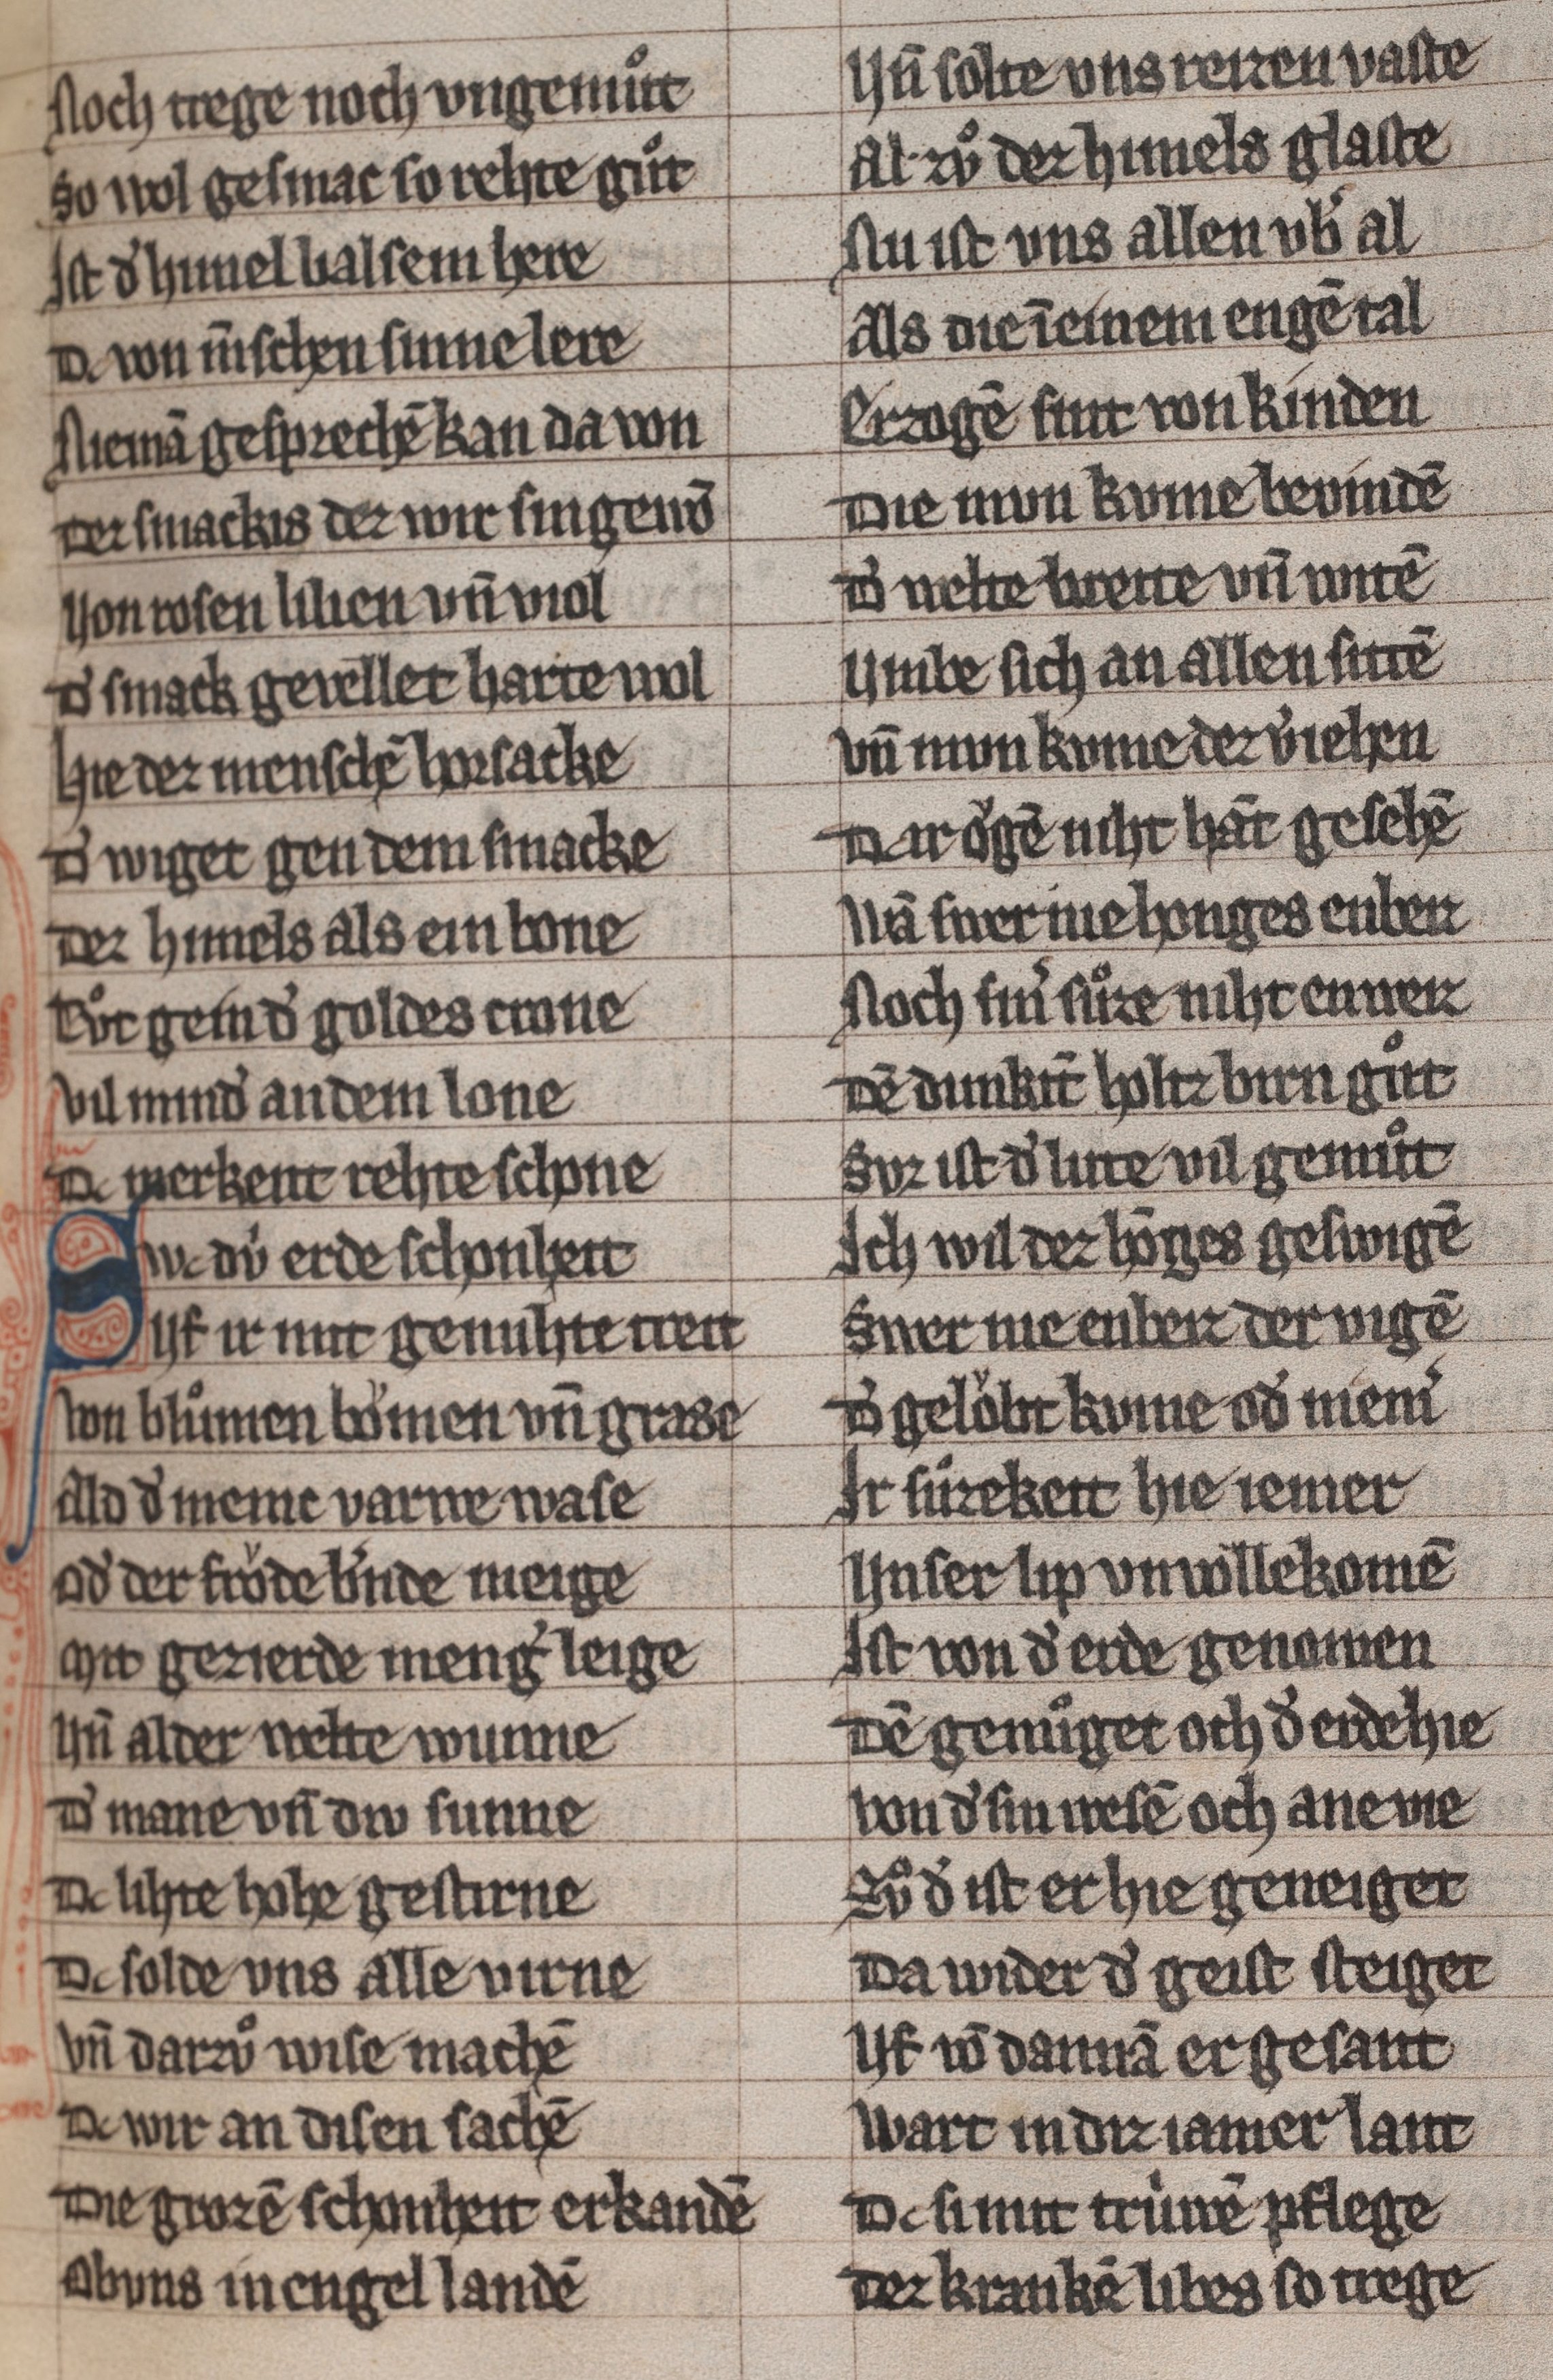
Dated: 1285–1315